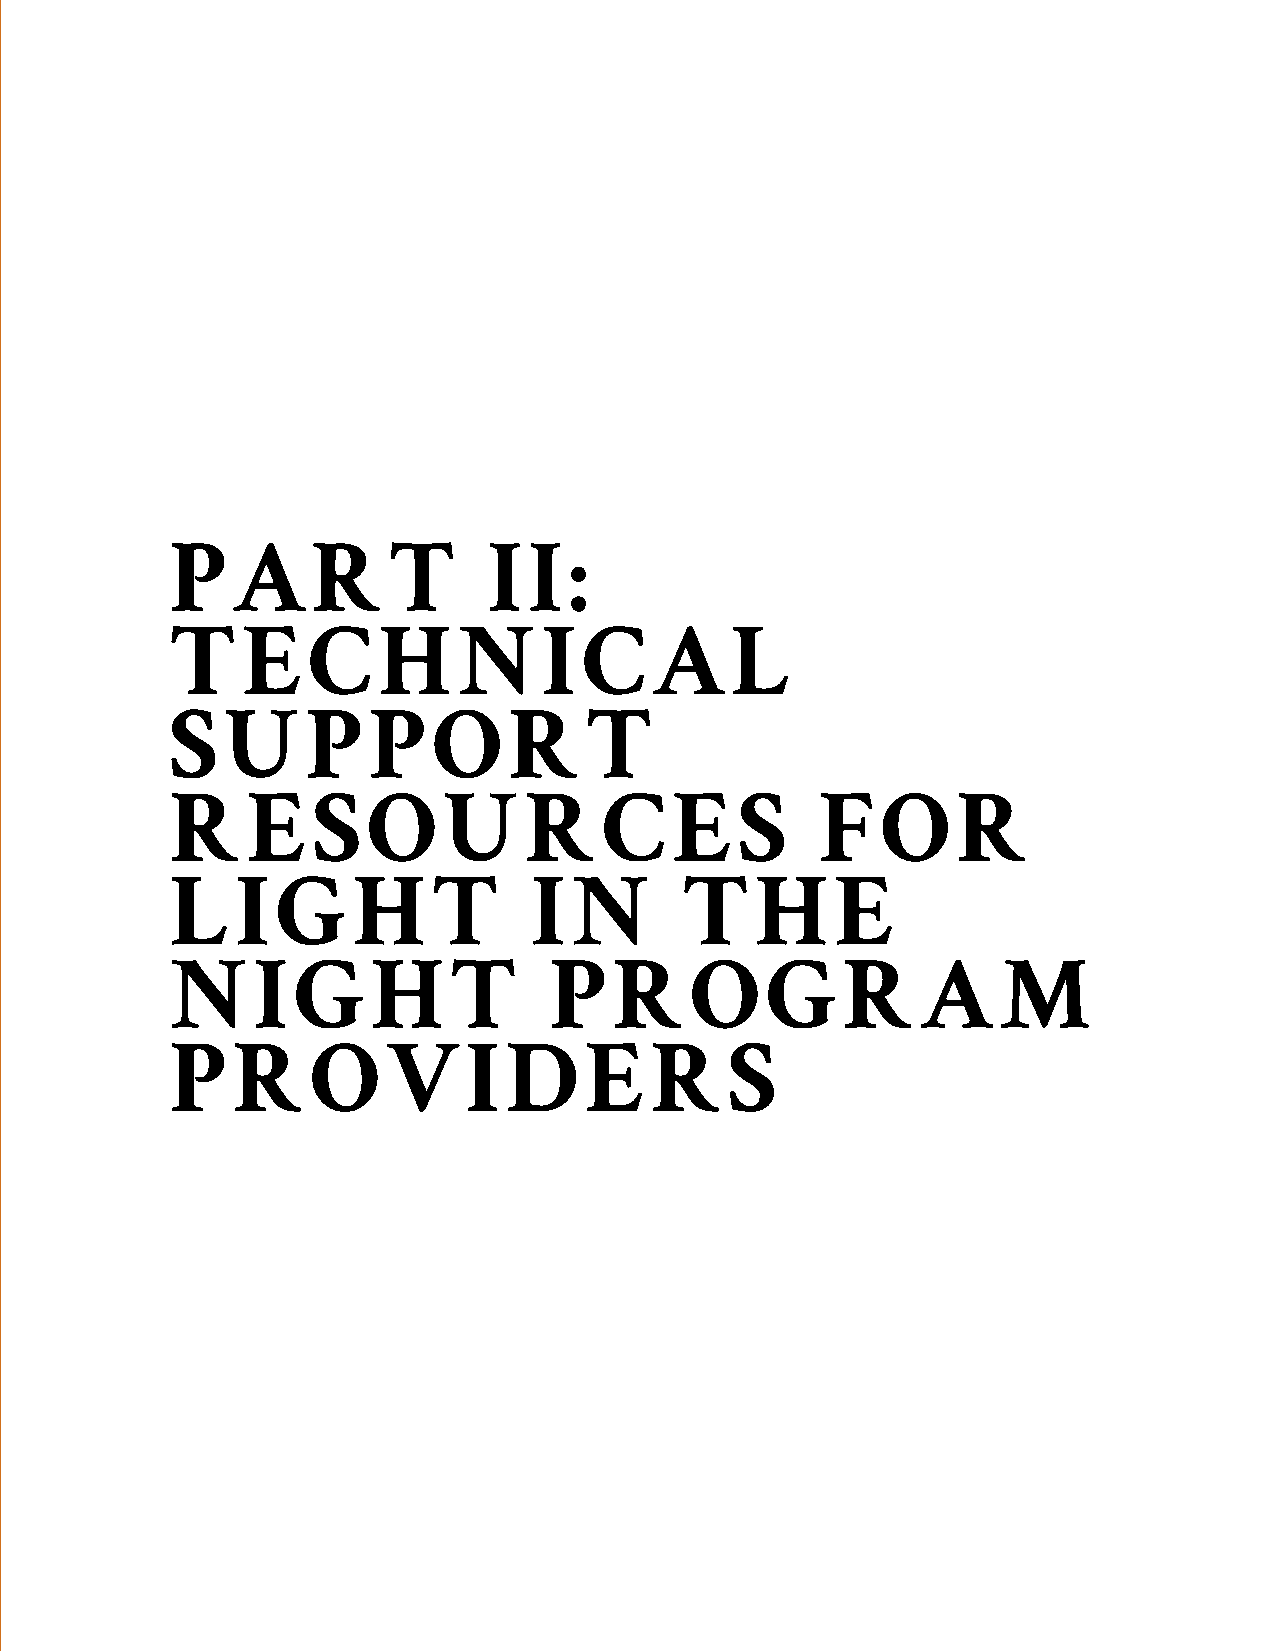
PART                 II:
 TECHNICAL
 SUPPORT
 RESOURCES                                  FOR
 LIGHT                   IN        THE
 NIGHT                    PROGRAM
 PROVIDERS